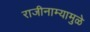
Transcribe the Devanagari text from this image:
राजीनाम्यामुळे